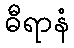
ဓီရာနံ